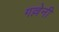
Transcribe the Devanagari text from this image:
गल्लेनी